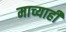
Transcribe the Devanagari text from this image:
माच्याही